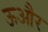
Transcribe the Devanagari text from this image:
ऊऔर